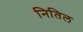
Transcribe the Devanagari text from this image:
नितिल